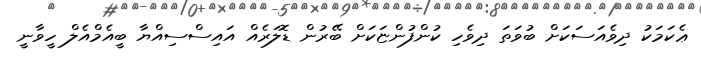
ޢެކަމަކު ދިވެއަސަކަށް ބުވަތަ ދިވެހި ކުންފުންޏަކަށް ބޭރުން ޑޮލަރެއް އައިސްސިއްޔާ ބީއެމްއެލް ހީވާނީ